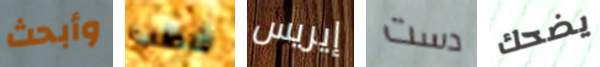
وأبحث شطب إيريس دست يضحك